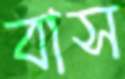
বাস